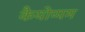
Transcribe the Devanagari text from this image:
कैयोप्पम